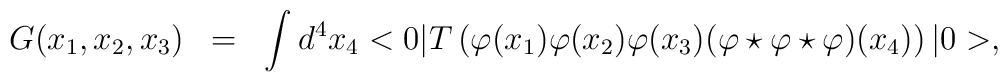
\begin{array}{rcl}G(x_1,x_2,x_3)&=&\displaystyle \int d^4x_4<0|T\left(\varphi(x_1)\varphi(x_2)\varphi(x_3)(\varphi\star\varphi\star\varphi)(x_4)\right)|0>, \end{array}